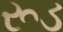
રૂડ